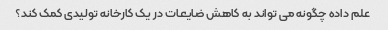
علم داده چگونه می تواند به کاهش ضایعات در یک کارخانه تولیدی کمک کند؟